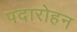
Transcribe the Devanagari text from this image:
पदारोहन